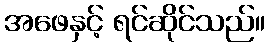
အဖေနှင့် ရင်ဆိုင်သည်။